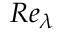
R e _ { \lambda }